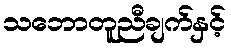
သဘောတူညီချက်နှင့်